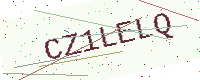
Text: CZ1LELQ